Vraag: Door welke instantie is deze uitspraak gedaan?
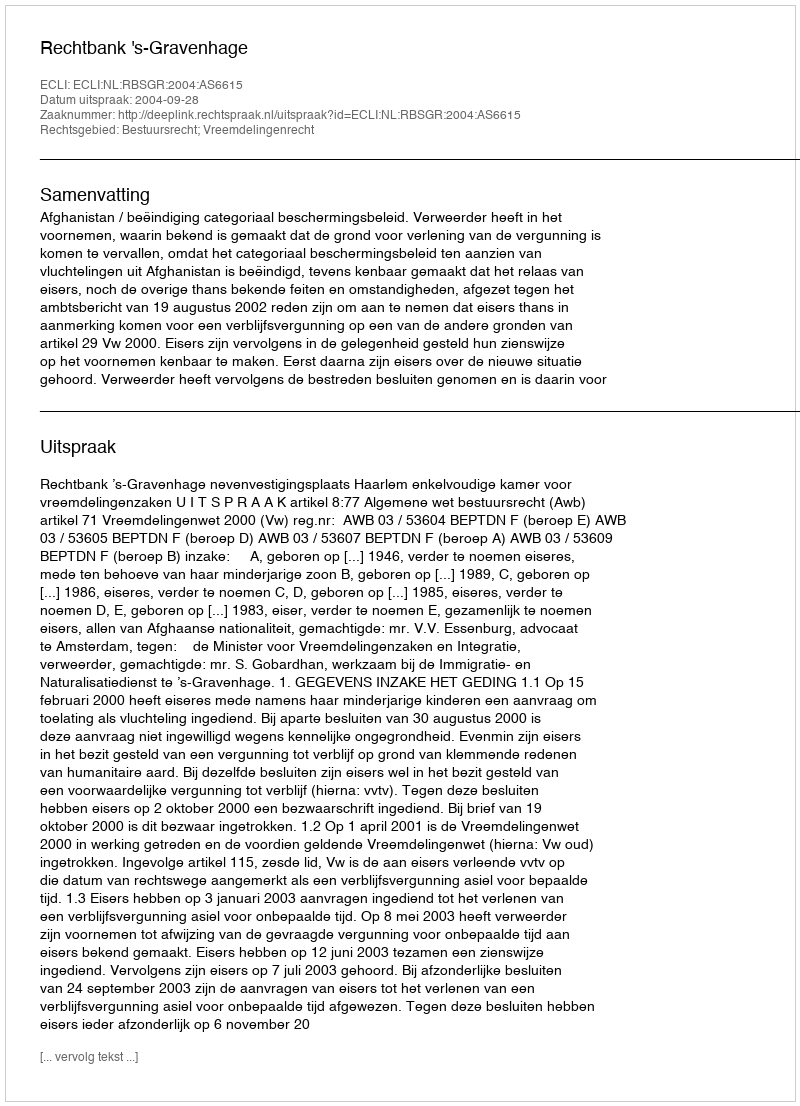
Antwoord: Rechtbank 's-Gravenhage